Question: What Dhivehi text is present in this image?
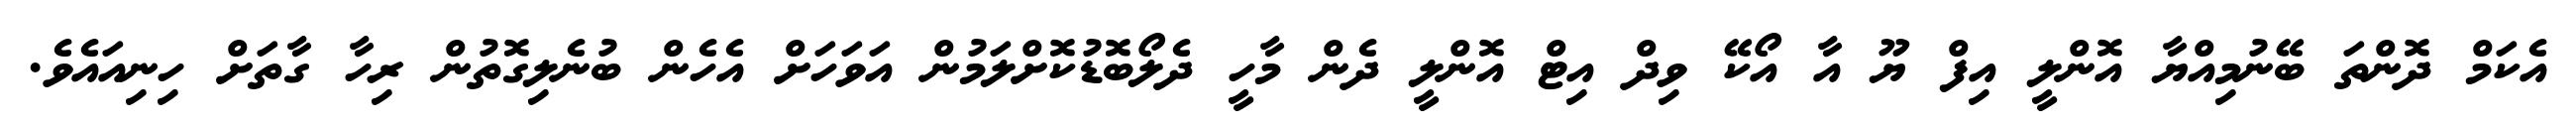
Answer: އެކަމް ދޮންތަ ބޭނުމިއްޔާ އޮންލީ އިފް ޔޫ އާ އޯކޭ ވިދް އިޓް އޮންލީ ދެން މާހީ ދެލޯބޮޑުކޮށްލަމުން އަވަހަށް އެހެން ބުނެލިގޮތުން ރިހާ ގާތަށް ހިނިއައެވެ.